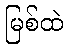
မြစ်ထဲ